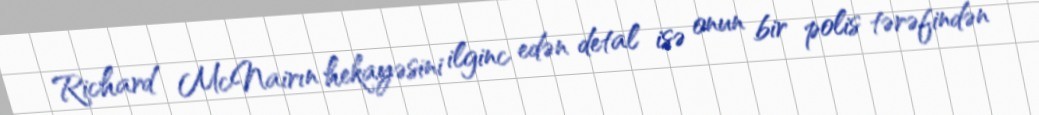
Richard McNairın hekayəsini ilginc edən detal isə onun bir polis tərəfindən